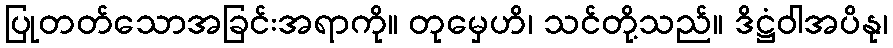
ပြုတတ်သောအခြင်းအရာကို။ တုမှေဟိ၊ သင်တို့သည်။ ဒိဋ္ဌံဝါအပိနု၊